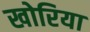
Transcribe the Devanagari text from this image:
खोरिया